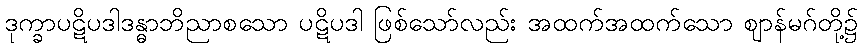
ဒုက္ခာပဋိပဒါဒန္ဓာဘိညာစသော ပဋိပဒါ ဖြစ်သော်လည်း အထက်အထက်သော ဈာန်မဂ်တို့၌